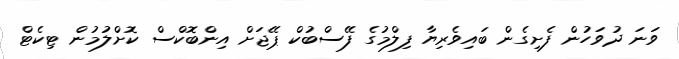
ވަނަ ދުވަހުން ފެށިގެން ބައިވެރިޔާ ފިލްމުގެ ފޭސްބުކް ޕޭޖަށް އިންބޮކްސް ކޮށްލުމުން ޓިކެޓް